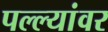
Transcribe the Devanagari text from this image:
पल्ल्यांवर